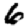
Digit: 6